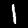
Digit: 1